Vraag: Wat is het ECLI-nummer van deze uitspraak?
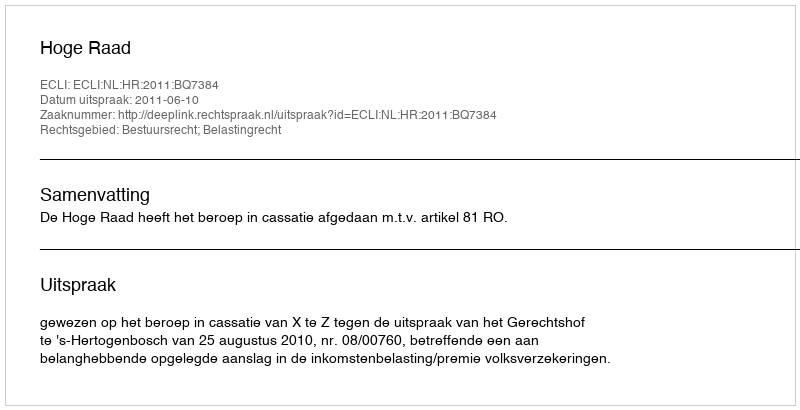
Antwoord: ECLI:NL:HR:2011:BQ7384